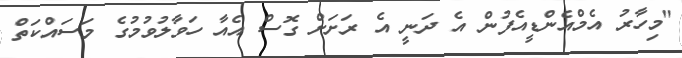
"މިހާރު އެމްއެންޑީއެފުން އެ ދަނީ އެ ރަށަށް ގޮސް އެއާ ހަވާލުވުމުގެ މަސައްކަތް